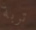
تربة